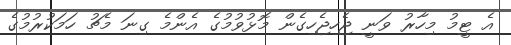
އެ ޓީމު މިހާރު ވަނީ ޖެހިޖެހިގެން މޮޅުވުމުގެ އެންމެ ގިނަ މެޗު ހަމަކުރުމުގެ